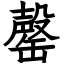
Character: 罄